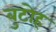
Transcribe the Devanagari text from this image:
बुटोह